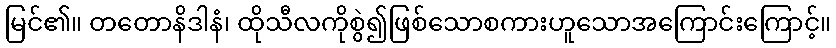
မြင်၏။ တတောနိဒါနံ၊ ထိုသီလကိုစွဲ၍ဖြစ်သောစကားဟူသောအကြောင်းကြောင့်။